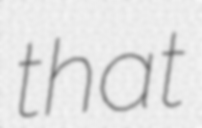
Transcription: that